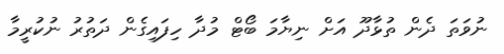
ނުވަތަ ދެން ތުޅާދޫ އަށް ނިޔާމަ ބޯޓް މުދާ ހިފައިގެން ދަތުރު ނުކުރީމާ